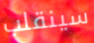
سينقلب